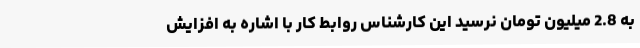
به 2.8 میلیون تومان نرسید این کارشناس روابط کار با اشاره به افزایش